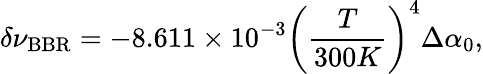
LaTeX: \delta\nu_{\mathrm{BBR}}=-8.611\times 10^{-3}\left(\frac{T}{300K}\right)^{4}\Delta\alpha_{0},